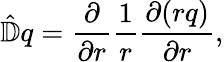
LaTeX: \hat{\mathbb{D}}q=\frac{\partial}{\partial r}\frac{1}{r}\frac{\partial(rq)}{\partial r},